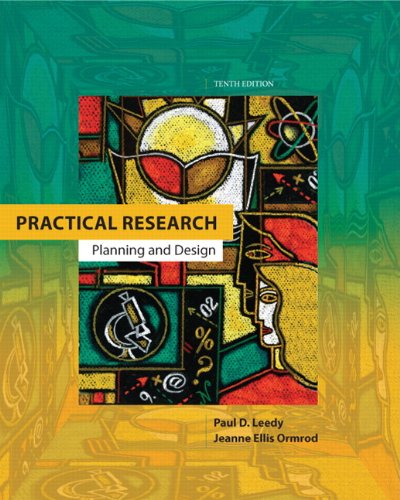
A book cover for Practical Research: Planning and Design (10th Edition); Paul D. Leedy; Reference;